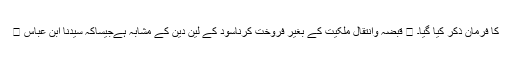
 قبضہ وانتقالِ ملکیت کے بغیر فروخت کرناسود کے لین دین کے مشابہ ہےجیساکہ سیدنا ابن عباس  کا فرمان ذکر کیا گیا۔